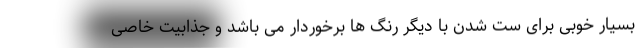
بسیار خوبی برای ست شدن با دیگر رنگ ها برخوردار می باشد و جذابیت خاصی